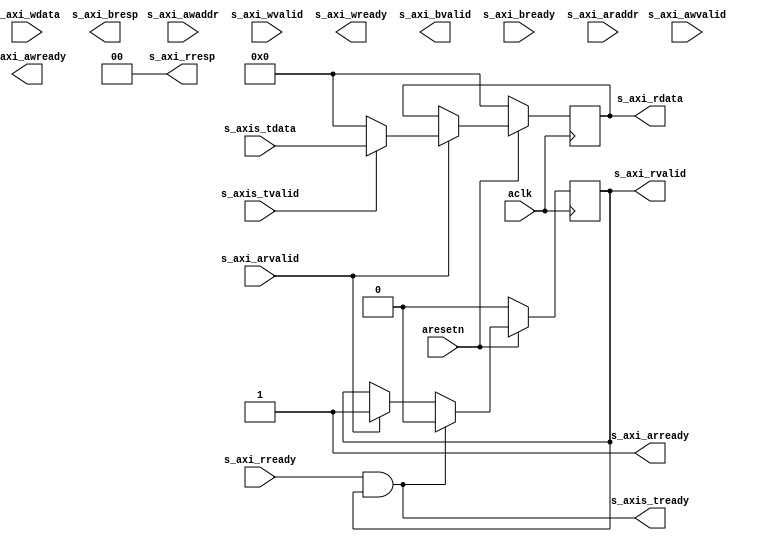
module axi_axis_reader #
(
  parameter integer AXI_DATA_WIDTH = 32,
  parameter integer AXI_ADDR_WIDTH = 16
)
(
  // System signals
  input  wire                      aclk,
  input  wire                      aresetn,

  // Slave side
  input  wire [AXI_ADDR_WIDTH-1:0] s_axi_awaddr,  // AXI4-Lite slave: Write address
  input  wire                      s_axi_awvalid, // AXI4-Lite slave: Write address valid
  output wire                      s_axi_awready, // AXI4-Lite slave: Write address ready
  input  wire [AXI_DATA_WIDTH-1:0] s_axi_wdata,   // AXI4-Lite slave: Write data
  input  wire                      s_axi_wvalid,  // AXI4-Lite slave: Write data valid
  output wire                      s_axi_wready,  // AXI4-Lite slave: Write data ready
  output wire [1:0]                s_axi_bresp,   // AXI4-Lite slave: Write response
  output wire                      s_axi_bvalid,  // AXI4-Lite slave: Write response valid
  input  wire                      s_axi_bready,  // AXI4-Lite slave: Write response ready
  input  wire [AXI_ADDR_WIDTH-1:0] s_axi_araddr,  // AXI4-Lite slave: Read address
  input  wire                      s_axi_arvalid, // AXI4-Lite slave: Read address valid
  output wire                      s_axi_arready, // AXI4-Lite slave: Read address ready
  output wire [AXI_DATA_WIDTH-1:0] s_axi_rdata,   // AXI4-Lite slave: Read data
  output wire [1:0]                s_axi_rresp,   // AXI4-Lite slave: Read data response
  output wire                      s_axi_rvalid,  // AXI4-Lite slave: Read data valid
  input  wire                      s_axi_rready,  // AXI4-Lite slave: Read data ready

  // Slave side
  output wire                      s_axis_tready,
  input  wire [AXI_DATA_WIDTH-1:0] s_axis_tdata,
  input  wire                      s_axis_tvalid
);

  reg int_rvalid_reg, int_rvalid_next;
  reg [AXI_DATA_WIDTH-1:0] int_rdata_reg, int_rdata_next;

  always @(posedge aclk)
  begin
    if(~aresetn)
    begin
      int_rvalid_reg <= 1'b0;
      int_rdata_reg <= {(AXI_DATA_WIDTH){1'b0}};
    end
    else
    begin
      int_rvalid_reg <= int_rvalid_next;
      int_rdata_reg <= int_rdata_next;
    end
  end

  always @*
  begin
    int_rvalid_next = int_rvalid_reg;
    int_rdata_next = int_rdata_reg;

    if(s_axi_arvalid)
    begin
      int_rvalid_next = 1'b1;
      int_rdata_next = s_axis_tvalid ? s_axis_tdata : {(AXI_DATA_WIDTH){1'b0}};
    end

    if(s_axi_rready & int_rvalid_reg)
    begin
      int_rvalid_next = 1'b0;
    end
  end

  assign s_axi_rresp = 2'd0;

  assign s_axi_arready = 1'b1;
  assign s_axi_rdata = int_rdata_reg;
  assign s_axi_rvalid = int_rvalid_reg;

  assign s_axis_tready = s_axi_rready & int_rvalid_reg;

endmodule